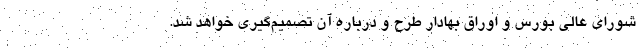
شورای عالی بورس و اوراق بهادار طرح و درباره آن تصمیم‌گیری خواهد شد.